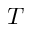
T